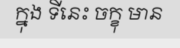
ក្នុង ទីនេះ ចក្ខុ មាន